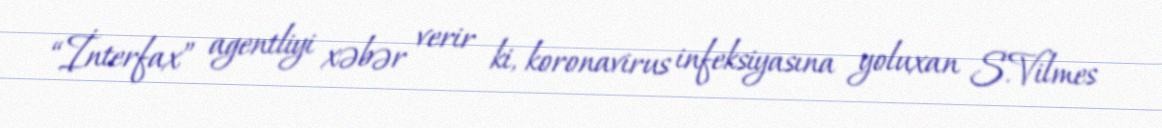
“İnterfax” agentliyi xəbər verir ki, koronavirus infeksiyasına yoluxan S.Vilmes